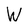
Character: W